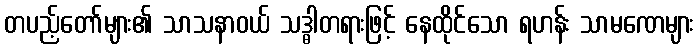
တပည့်တော်များ၏ သာသနာဝယ် သဒ္ဓါတရားဖြင့် နေထိုင်သော ရဟန်း သာမဏေများ